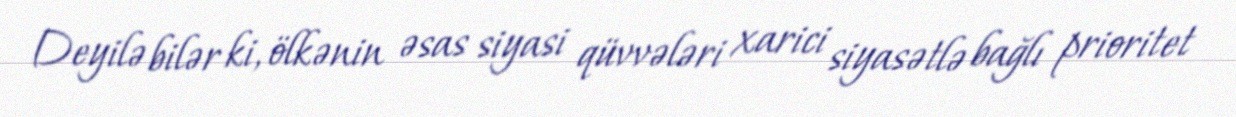
Deyilə bilər ki, ölkənin əsas siyasi qüvvələri xarici siyasətlə bağlı prioritet